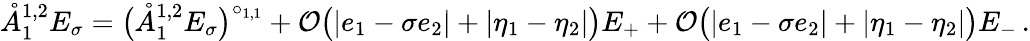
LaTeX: \mathring{A}_{1}^{{1,2}}E_{\sigma}=\big(\mathring{A}_{1}^{{1,2}}E_{\sigma}\big)^{\circ_{1,1}}+\mathcal{O}\big(|e_{1}-\sigma e_{2}|+|\eta_{1}-\eta_{2}|\big)E_{+}+\mathcal{O}\big(|e_{1}-\sigma e_{2}|+|\eta_{1}-\eta_{2}|\big)E_{-}\, .